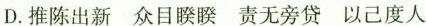
D.推陈出新 众目睽睽 责无旁贷 以己度人